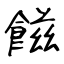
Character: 𩝐